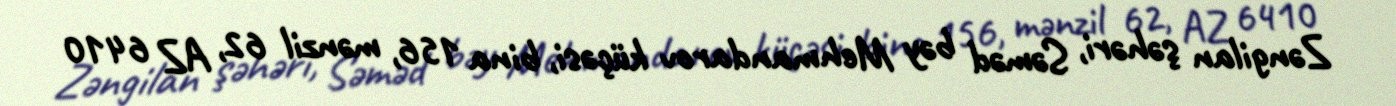
Zəngilan şəhəri, Səməd bəy Mehmandarov küçəsi, bina 156, mənzil 62, AZ 6410